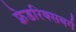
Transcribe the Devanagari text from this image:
फ़्रेडरिक्सबर्ग